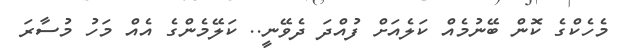
މެހެކްގެ ކޮން ބޭނުމެއް ކަލެއަށް ފުއްދަ ދެވޭނީ.. ކަލޭމެންގެ އެއް މަހު މުސާރަ